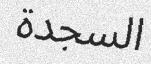
السجدة